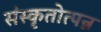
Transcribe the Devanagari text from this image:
संस्कृतोत्पन्न